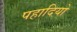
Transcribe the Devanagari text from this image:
पहादियो